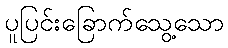
ပူပြင်းခြောက်သွေ့သော